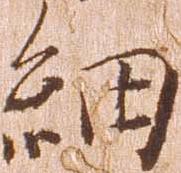
細